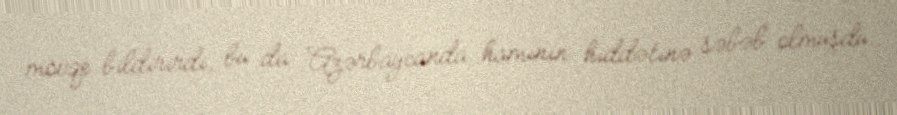
mövqe bildirirdi, bu da Azərbaycanda hamının hiddətinə səbəb olmuşdu.